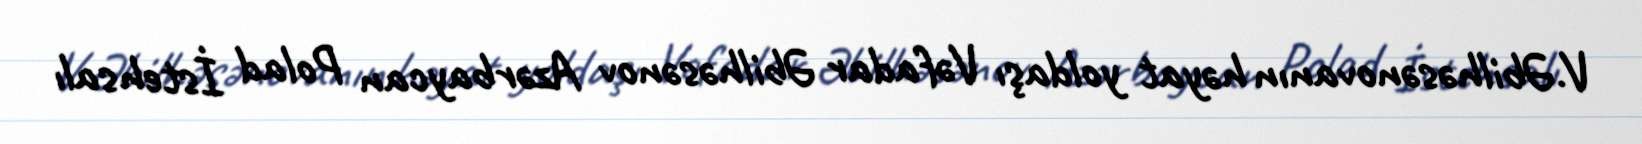
V.Əbilhəsənovanın həyat yoldaşı Vəfadar Əbilhəsənov Azərbaycan Polad İstehsalı